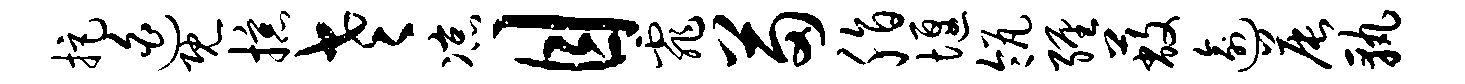
拒迫既掠老凉目霏苗脂堰瓴缠蔽逾晨孰